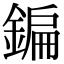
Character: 鍽